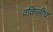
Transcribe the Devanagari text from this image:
वकिलीच